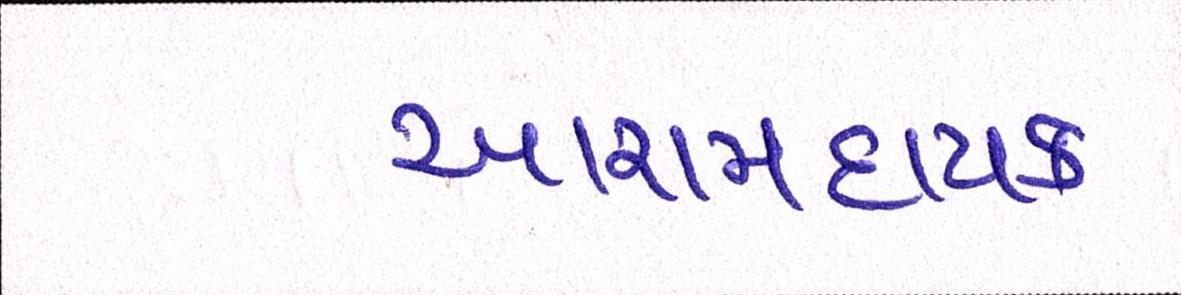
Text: આરામદાયક